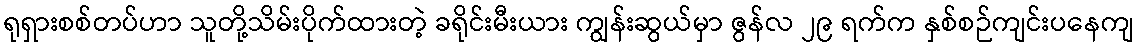
ရုရှားစစ်တပ်ဟာ သူတို့သိမ်းပိုက်ထားတဲ့ ခရိုင်းမီးယား ကျွန်းဆွယ်မှာ ဇွန်လ ၂၉ ရက်က နှစ်စဉ်ကျင်းပနေကျ